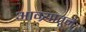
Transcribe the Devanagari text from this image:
आग्र्यातून